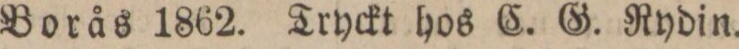
Borås 1862. Tryckt hos C. G. Rydin.